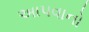
અાપવાનો